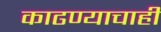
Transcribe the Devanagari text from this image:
काढण्याचाही